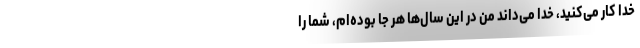
خدا کار می‌کنید، خدا می‌داند من در این سال‌ها هر جا بوده‌ام، شما را